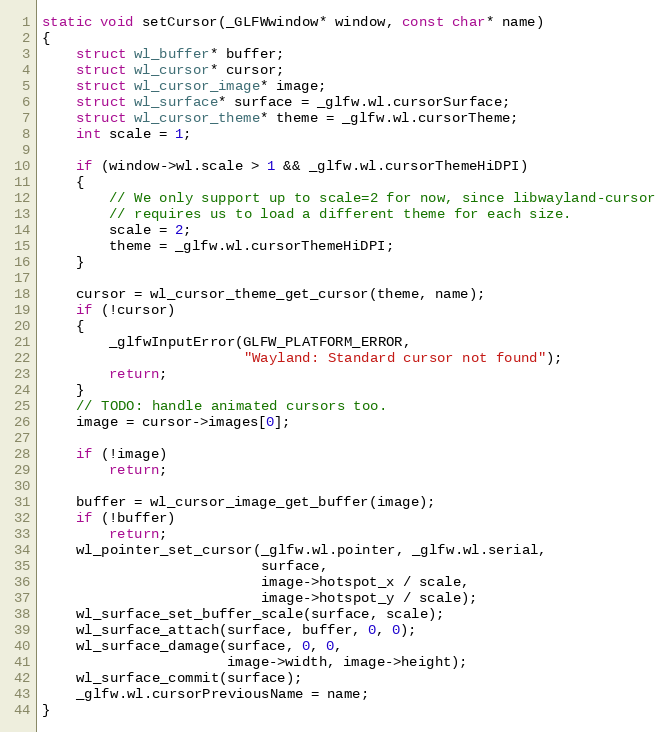
Language: C
static void setCursor(_GLFWwindow* window, const char* name)
{
    struct wl_buffer* buffer;
    struct wl_cursor* cursor;
    struct wl_cursor_image* image;
    struct wl_surface* surface = _glfw.wl.cursorSurface;
    struct wl_cursor_theme* theme = _glfw.wl.cursorTheme;
    int scale = 1;

    if (window->wl.scale > 1 && _glfw.wl.cursorThemeHiDPI)
    {
        // We only support up to scale=2 for now, since libwayland-cursor
        // requires us to load a different theme for each size.
        scale = 2;
        theme = _glfw.wl.cursorThemeHiDPI;
    }

    cursor = wl_cursor_theme_get_cursor(theme, name);
    if (!cursor)
    {
        _glfwInputError(GLFW_PLATFORM_ERROR,
                        "Wayland: Standard cursor not found");
        return;
    }
    // TODO: handle animated cursors too.
    image = cursor->images[0];

    if (!image)
        return;

    buffer = wl_cursor_image_get_buffer(image);
    if (!buffer)
        return;
    wl_pointer_set_cursor(_glfw.wl.pointer, _glfw.wl.serial,
                          surface,
                          image->hotspot_x / scale,
                          image->hotspot_y / scale);
    wl_surface_set_buffer_scale(surface, scale);
    wl_surface_attach(surface, buffer, 0, 0);
    wl_surface_damage(surface, 0, 0,
                      image->width, image->height);
    wl_surface_commit(surface);
    _glfw.wl.cursorPreviousName = name;
}